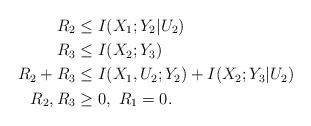
LaTeX: \begin{align*} R_2&\leq I(X_1;Y_2|U_2)\\ R_3&\leq I(X_2;Y_3)\\ R_2+R_3&\leq I(X_1,U_2;Y_2)+I(X_2;Y_3|U_2)\\ R_2,R_3&\geq 0, \ R_1=0.\end{align*}